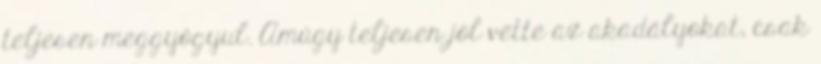
teljesen meggyógyul. Amúgy teljesen jól vette az akadályokat, csak